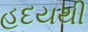
હદયથી